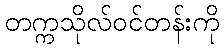
တက္ကသိုလ်ဝင်တန်းကို